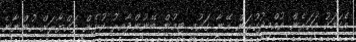
އެކަމަކު އަހަރެން އުއްމީދުކުރަން އޭނާ ގައުމީ ޓީމުން ބޭނުންވާއިރު ކުޅެން ތައްޔާރަށް ހުންނާނެ